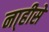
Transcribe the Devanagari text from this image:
ना्हीसे